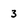
Character: 3